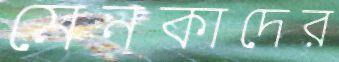
মেনকাদের